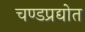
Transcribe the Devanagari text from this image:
चण्डप्रद्योत